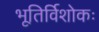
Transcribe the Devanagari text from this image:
भूतिर्विशोकः